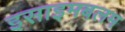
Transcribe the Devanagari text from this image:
इसाइमबलम